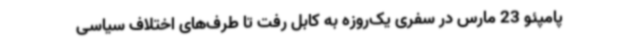
پامپئو 23 مارس در سفری یک‌روزه به کابل رفت تا طرف‌های اختلاف سیاسی